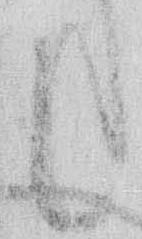
候